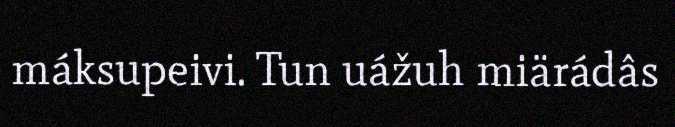
máksupeivi. Tun uážuh miärádâs